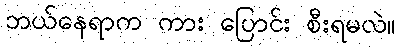
ဘယ်နေရာက ကား ပြောင်း စီးရမလဲ။